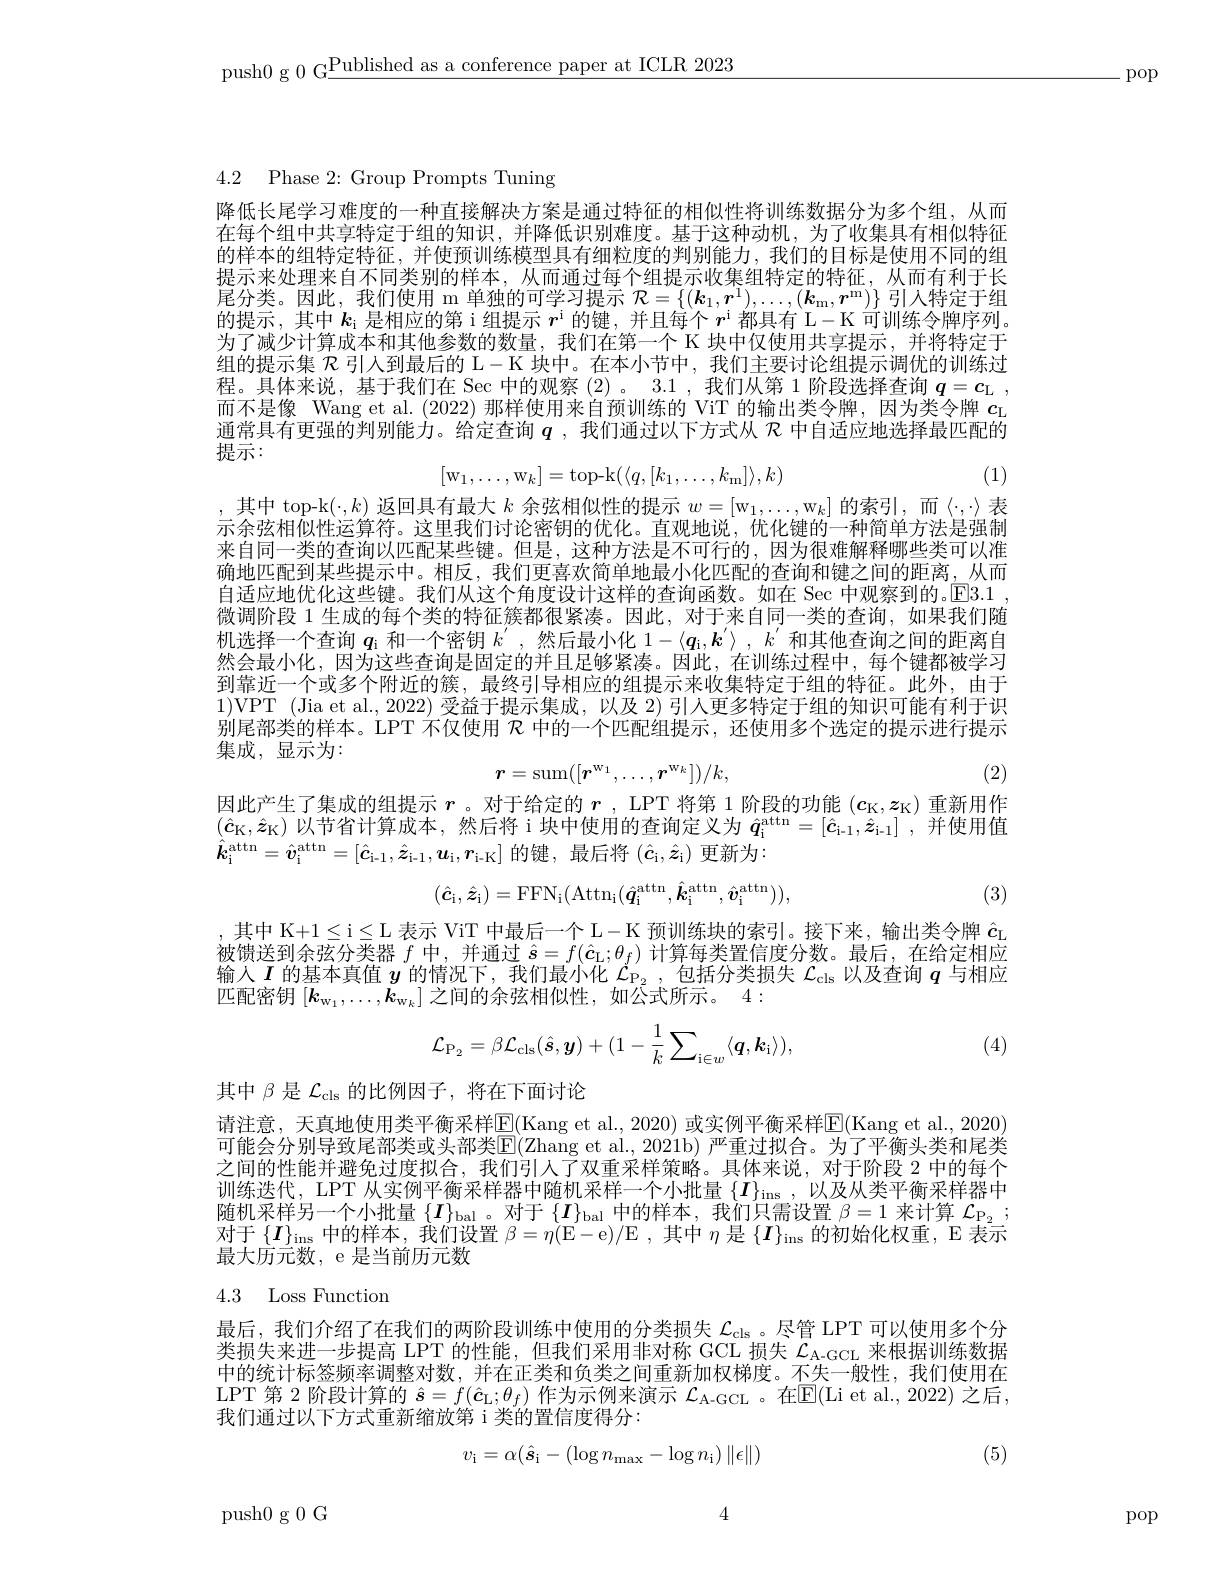
push0 g 0 G$\underline\text{Published as a conference paper at ICLR 2023}$

.pop

4.2 Phase 2: Group Prompts Tuning

降低长尾学习难度的一种直接解决方案是通过特征的相似性将训练数据分为多个组，从而在每个组中共享特定于组的知识，并降低识别难度。基于这种动机，为了收集具有相似特征的样本的组特定特征，并使预训练模型具有细粒度的判别能力，我们的目标是使用不同的组提示来处理来自不同类别的样本，从而通过每个组提示收集组特定的特征，从而有利于长尾分类。因此，我们使用 m 单独的可学习提示$\mathcal{R} = \{ ( \boldsymbol{k}_1, \boldsymbol{r}^1) , \ldots , ( \boldsymbol{k}_{\mathrm{m} }, \boldsymbol{r}^{\mathrm{m} }) \}$引人特定于组的提示，其中$k_\mathrm{i}$是相应的第 i 组提示$r^\mathrm{i}$的键，并且每个$r^\mathrm{i}$都具有 L- K 可训练令牌序列。为了减少计算成本和其他参数的数量，我们在第一个 K 块中仅使用共享提示，并将特定于组的提示集$\mathcal{R}$引入到最后的 L$-\mathcal{K}$块中。在本小节中，我们主要讨论组提示调优的训练过程。具体来说，基于我们在 Sec 中的观察(2)。3.1,我们从第 1阶段选择查询$q=c_{\mathrm{L}}$, 而不是像 Wang et al. (2022)那样使用来自预训练的 ViT 的输出类令牌，因为类令牌$c_\mathrm{L}$ 通常具有更强的判别能力。给定查询$q$ ,我们通过以下方式从$\mathcal{R}$中自适应地选择最匹配的提示：

(1)
$$[\mathrm w_1,\dots,\mathrm w_k]=\mathrm top-k(\langle q,[k_1,\dots,k_\mathrm{m}]\rangle,k)$$
其中 top-k$(\cdot,k)$返回具有最大$k$余弦相似性的提示$w=[\mathrm{w}_1,\ldots,\mathrm{w}_k]$的索引，而$\langle\cdot,\cdot\rangle$表

示余弦相似性运算符。这里我们讨论密钥的优化。直观地说，优化键的一种简单方法是强制来自同一类的查询以匹配某些键。但是，这种方法是不可行的，因为很难解释哪些类可以准确地匹配到某些提示中。相反，我们更喜欢简单地最小化匹配的查询和键之间的距离，从而自适应地优化这些键。我们从这个角度设计这样的查询函数。如在 Sec 中观察到的。$\operatorname { E} 3. 1$ , 微调阶段 1 生成的每个类的特征簇都很紧凑。因此，对于来自同一类的查询，如果我们随机选择一个查询$q_\mathrm{i}$和一个密钥$k^\prime$,然后最小化$1-\langle\boldsymbol{q}_\mathrm{i},\boldsymbol{k}^{\prime}\rangle,k^{\prime}$和其他查询之间的距离自然会最小化，因为这些查询是固定的并且足够紧凑。因此，在训练过程中，每个键都被学习到靠近一个或多个附近的簇，最终引导相应的组提示来收集特定于组的特征。此外，由于1)VPT (Jia et al.,2022)受益于提示集成，以及 2)引人更多特定于组的知识可能有利于识别尾部类的样本。LPT 不仅使用$\mathcal{R}$中的一个匹配组提示，还使用多个选定的提示进行提示集成，显示为：
$$r=\mathrm{sum}([r^{\mathrm{w}_1},\ldots,r^{\mathrm{w}_k}])/k,$$
(2)

因此产生了集成的组提示$r$。对于给定的$r$ , LPT 将第1阶段的功能$(c_\mathrm{K},\boldsymbol{z}_\mathrm{K})$重新用作$(\hat{c}_{\mathrm{K}},\hat{z}_{\mathrm{K}})$以节省计算成本，然后将 i 块中使用的查询定义为$\hat{q} _{\mathrm{i} }^{\mathrm{attn}}= [ \hat{c} _{\mathrm{i- 1}}, \hat{z} _{\mathrm{i- 1}}]$ ,并使用值$\hat{\boldsymbol{k}}_{\mathrm{i}}^{\mathrm{attn}}=\hat{\boldsymbol{v}}_{\mathrm{i}}^{\mathrm{attn}}=[\hat{\boldsymbol{c}}_{\mathrm{i-1}},\hat{\boldsymbol{z}}_{\mathrm{i-1}},u_{\mathrm{i}},\boldsymbol{r}_{\mathrm{i-K}}]$的键，最后将$(\hat{\boldsymbol{c}}_{\mathrm{i}},\hat{\boldsymbol{z}}_{\mathrm{i}})$更新为：
$$(\hat{\boldsymbol{c}}_\mathrm{i},\hat{\boldsymbol{z}}_\mathrm{i})=\mathrm{FFN}_\mathrm{i}(\mathrm{Attn}_\mathrm{i}(\hat{\boldsymbol{q}}_\mathrm{i}^\mathrm{attn},\hat{\boldsymbol{k}}_\mathrm{i}^\mathrm{attn},\hat{\boldsymbol{v}}_\mathrm{i}^\mathrm{attn})),$$
(3)

其中 K+1 ≤i ≤L 表示 ViT 中最后一个 L - K 预训练块的索引。接下来，输出类令牌$\hat{c}_\mathrm{L}$ 被馈送到余弦分类器$f$中，并通过$\hat{s}=f(\hat{c}_1;\theta_f)$计算每类置信度分数。最后，在给定相应输入$I$的基本真值$y$的情况下，我们最小化$\mathcal{L}_\mathrm{P_2}$ ,包括分类损失$\mathcal{L}_\mathrm{cls}$以及查询$q$与相应匹配密钥$[\boldsymbol{k}_\mathrm{w}_1,\ldots,\boldsymbol{k}_\mathrm{w}_k]$之间的余弦相似性，如公式所示。4:
$$\mathcal{L}_{\mathrm{P}_{2}}=\beta\mathcal{L}_{\mathrm{cls}}(\hat{s},\boldsymbol{y})+(1-\frac{1}{k}\sum_{\mathrm{i}\in w}\langle\boldsymbol{q},\boldsymbol{k}_{\mathrm{i}}\rangle),$$
(4)

其中$\beta$是$\mathcal{L}_\mathrm{cls}$的比例因子，将在下面讨论
请注意，天真地使用类平衡采样E$( Kang et al. , 2020) 或 实 例 平 衡 采 样 [ LBOS]$E(Kang et al., 2020)$ 可能会分别导致尾部类或头部类$\mathbb{E}($Zhang et al., 2021b) 严重过拟合。为了平衡头类和尾类之间的性能并避免过度拟合，我们引人了双重采样策略。具体来说，对于阶段 2 中的每个训练迭代，LPT 从实例平衡采样器中随机采样一个小批量$\{I\}_\mathrm{ins}$,以及从类平衡采样器中随机采样另一个小批量$\{I\}_\mathrm{bal}$。对于$\{I\}_\mathrm{bal}$中的样本，我们只需设置$\beta=1$来计算$\mathcal{L}_\mathrm{P_2};$ 对于$\{I\}_\mathrm{ins}$中的样本，我们设置$\beta=\eta($E-e)/E ,其中$\eta$是$\{I\}_\mathrm{ins}$的初始化权重，E 表示最大历元数，e 是当前历元数

# 4.3 Loss Function

最后，我们介绍了在我们的两阶段训练中使用的分类损失$\mathcal{L}_\mathrm{cls}$ 。尽管 LPT 可以使用多个分类损失来进一步提高 LPT 的性能，但我们采用非对称 GCL 损失$\mathcal{L}_\mathrm{A-GCL}$来根据训练数据中的统计标签频率调整对数，并在正类和负类之间重新加权梯度。不失一般性，我们使用在LPT 第 2 阶段计算的 $\hat{s}=f(\hat{c}_{\mathrm{L}};\theta_{f})$ 作为示例来演示 $\mathcal{L}_\mathrm{A-GCL}$ 。在$\mathbb{E}($Li et al.,2022) 之后， 我们通过以下方式重新缩放第 i 类的置信度得分：
$$v_{\mathrm{i}}=\alpha(\hat{\boldsymbol{s}}_{\mathrm{i}}-(\log n_{\mathrm{max}}-\log n_{\mathrm{i}})\|\epsilon\|)$$
(5)

4

push0 g 0 G

pop